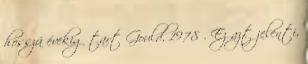
hosszú évekig tart Gould, 1978 . Ez azt jelenti,